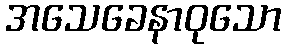
အသေခေနာဝုသော